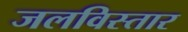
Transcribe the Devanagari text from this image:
जलविस्तार